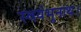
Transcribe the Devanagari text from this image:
स्वयंभूनाथ।